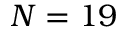
N = 1 9